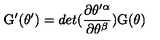
\mathrm { G } ^ { \prime } ( \theta ^ { \prime } ) = d e t ( { \frac { \partial \theta ^ { \prime \alpha } } { \partial \theta ^ { \beta } } } ) \mathrm { G } ( \theta )